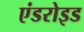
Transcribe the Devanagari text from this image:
एंडरोइड